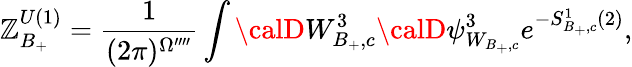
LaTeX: \mathbb{Z}_{B_{+}}^{U(1)}=\frac{{1}}{{(2\pi)^{\Omega^{\prime\prime\prime\prime}}}}\int{\calD}W_{B_{+},c}^{3}{\calD}\psi_{W_{B_{+},c}}^{3}e^{-S_{B_{+},c}^{1}(2)},